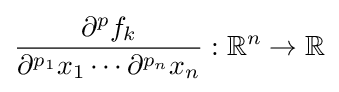
{\frac {\partial ^{p}f_{k}}{\partial ^{p_{1}}x_{1}\cdots \partial ^{p_{n}}x_{n}}}:\mathbb {R} ^{n}\to \mathbb {R}